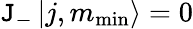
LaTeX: \mathtt{J}_{-}\left|j,m_{\mathrm{{min}}}\right\rangle=0